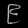
Digit: ၉